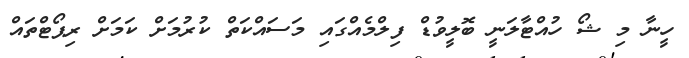
ހީނާ މި ޝޯ ހުއްޓާލަނީ ބޮލީވުޑް ފިލްމެއްގައި މަސައްކަތް ކުރުމަށް ކަމަށް ރިޕޯޓްތައް